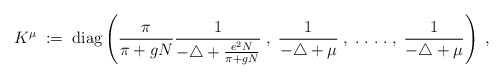
\begin{align*}K^\mu \; := \; \mbox{diag} \left(\frac{\pi}{\pi + gN} \frac{1}{-\triangle+\frac{e^2N}{\pi + gN}} \; , \;\frac{1}{-\triangle +\mu}\; , \; . \; . \; . \; . \; , \;\frac{1}{-\triangle +\mu} \right) \; ,\end{align*}